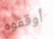
أوقفوه